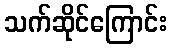
သက်ဆိုင်ကြောင်း